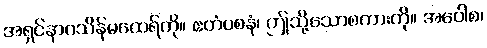
အရှင်နာဂသိန်မထေရ်ကို။ ဧတံဝစနံ၊ ဤသို့သောစကားကို။ အဝေါစ၊